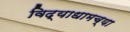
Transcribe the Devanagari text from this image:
विद्याधामच्या